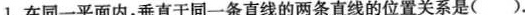
1.在同一平面内，垂直于同一条直线的两条直线的位置关系是( ).